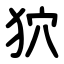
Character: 狖